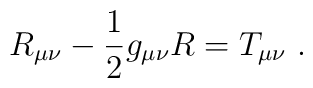
R_{\mu\nu} - {1\over2} g_{\mu\nu} R = T_{\mu\nu}\ .